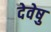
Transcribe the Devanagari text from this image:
देवेषु